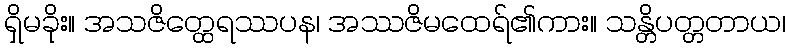
ရှိမခိုး။ အသဇိတ္ထေရဿပန၊ အဿဇိမထေရ်၏ကား။ သန္တိပတ္တတာယ၊